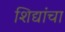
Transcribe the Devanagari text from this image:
शिद्यांचा